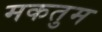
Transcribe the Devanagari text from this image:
मकतुम